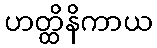
ဟတ္ထိနိကာယ